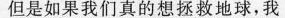
但是如果我们真的想拯救地球,